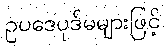
ဥပဒေပုဒ်မများဖြင့်